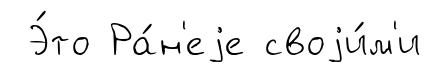
Э́то Ра́н'еjе своjи́м'и